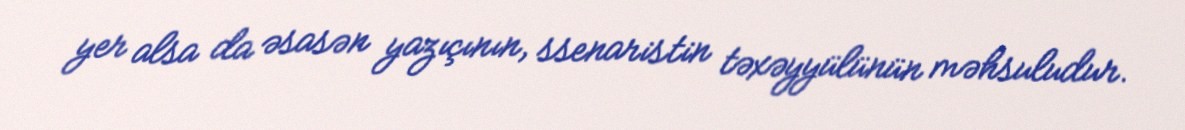
yer alsa da əsasən yazıçının, ssenaristin təxəyyülünün məhsuludur.